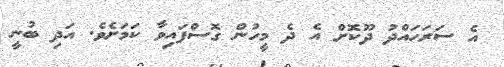
އެ ސަރަހައްދު ދޫކޮށް އެ ދެ މީހުން ގޮސްފައިވާ ކަމަށެވެ. އަދި ބުނީ